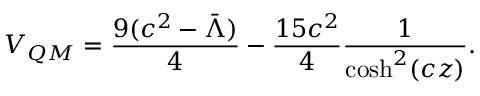
V _ { Q M } = \frac { 9 ( c ^ { 2 } - \bar { \Lambda } ) } { 4 } - \frac { 1 5 c ^ { 2 } } { 4 } \frac { 1 } { \cosh ^ { 2 } ( c z ) } .